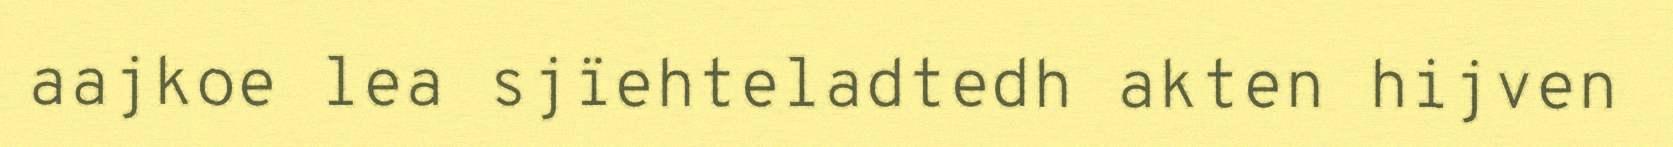
aajkoe lea sjïehteladtedh akten hijven